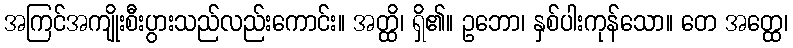
အကြင်အကျိုးစီးပွားသည်လည်းကောင်း။ အတ္ထိ၊ ရှိ၏။ ဥဘော၊ နှစ်ပါးကုန်သော။ တေ အတ္ထေ၊